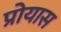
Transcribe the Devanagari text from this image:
प्रोयास